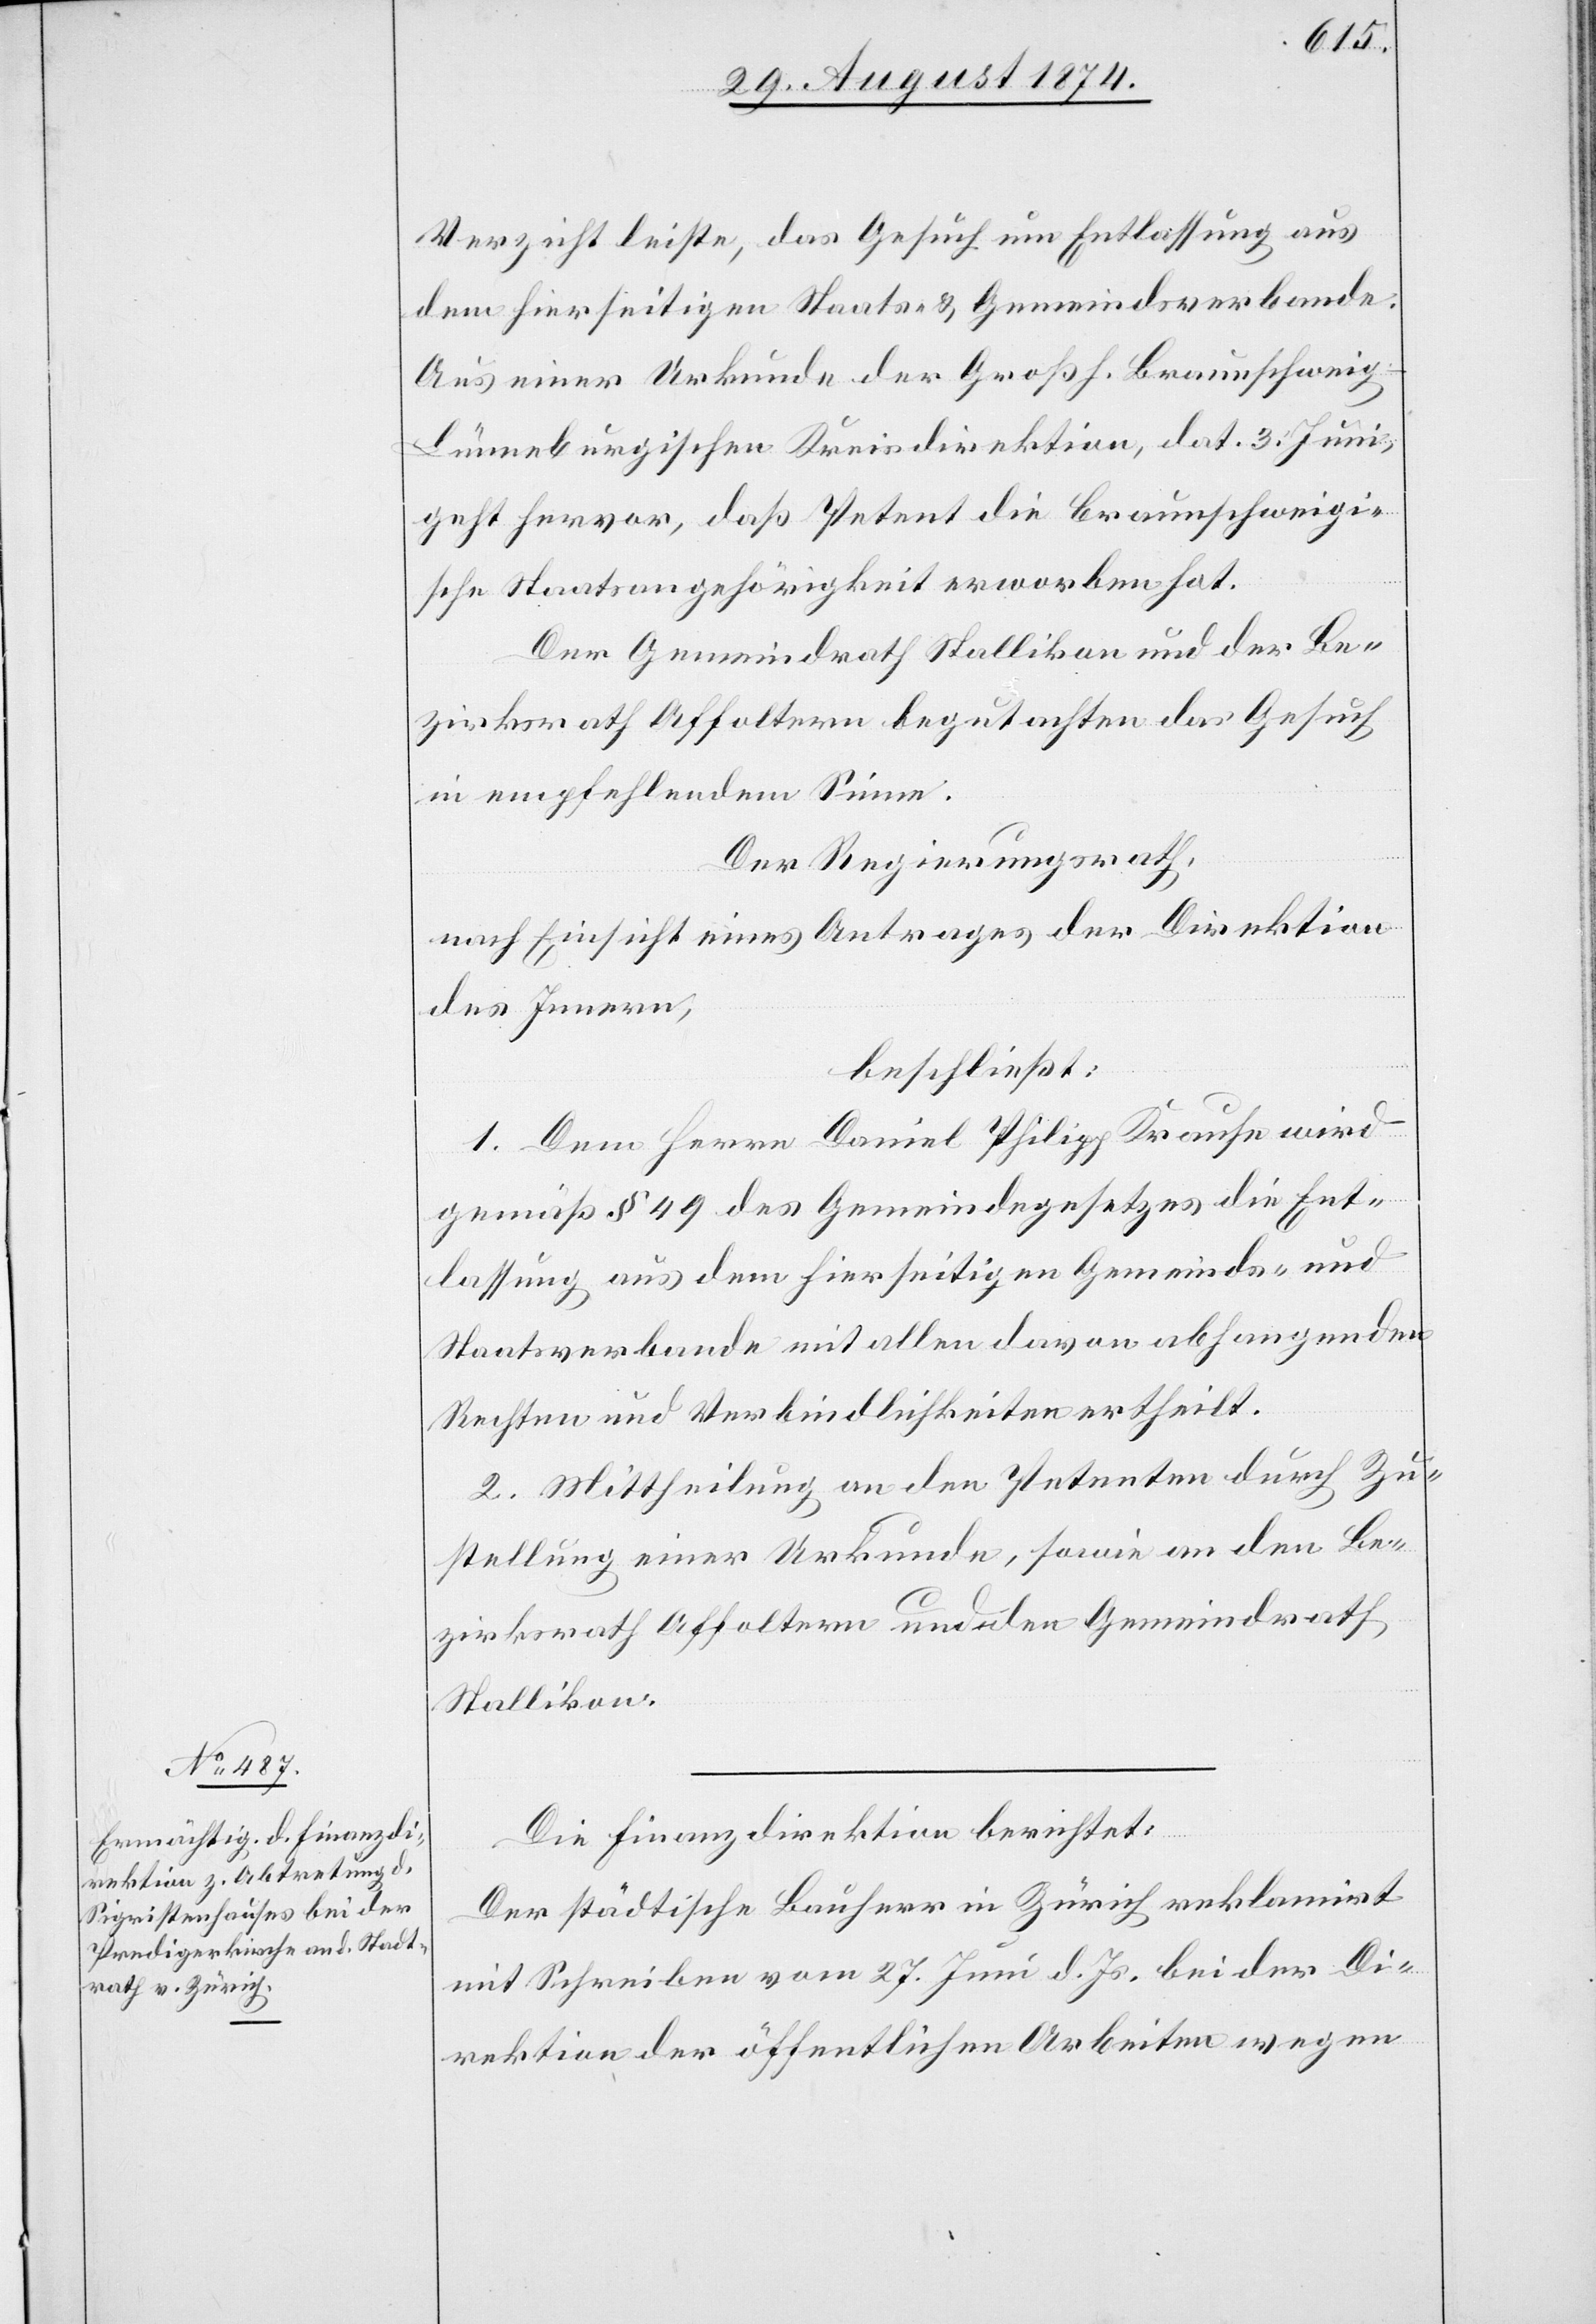
Verzicht leiste, das Gesuch um Entlassung aus
dem hierseitigen Staats- u. Gemeindsverbande.
Aus einer Urkunde der Großh. Braunschwei¬
g-Lünenburgischen Kreisdirektion, dat. 3. Juni,
geht hervor, daß Petent die Braunschweigi¬
sche Staatsangehörigkeit erworben hat.
Der Gemeindrath Stallikon und der Be¬
zirksrath Affoltern begutachten das Gesuch
in empfehlendem Sinne.
Der Regierungsrath,
nach Einsicht eines Antrages der Direktion
des Innern,
beschließt:
1. Dem Herrn Daniel Philipp Krause wird
gemäß § 49 des Gemeindegesetzes die Ent¬
lassung aus dem hierseitigen Gemeinds- und
Staatsverbande mit allen davon abhangenden
Rechten und Verbindlichkeiten ertheilt.
2. Mittheilung an den Petenten durch Zu¬
stellung einer Urkunde, sowie an den Be¬
zirksrath Affoltern und den Gemeindrath
Stallikon.
Die Finanzdirektion berichtet:
Der städtische Bauherr in Zürich reklamirt
mit Schreiben vom 27. Juni d. Js. bei der Di¬
rektion der öffentlichen Arbeiten wegen